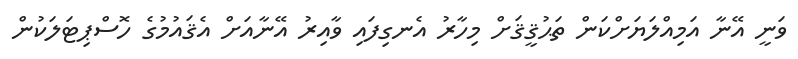
ވަނީ އޭނާ އަމިއްލަޔަށްކަން ތަޙުޤީޤަށް މިހާރު އެނގިފައި ވާއިރު އޭނާއަށް އެޤައުމުގެ ހޮސްޕިޓަލަކުން